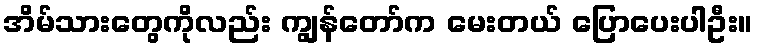
အိမ်သားတွေကိုလည်း ကျွန်တော်က မေးတယ် ပြောပေးပါဦး။